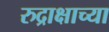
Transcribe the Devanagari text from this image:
रुद्राक्षाच्या